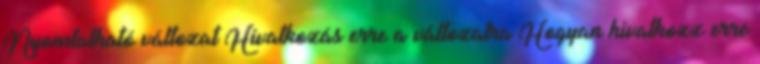
Nyomtatható változat Hivatkozás erre a változatra Hogyan hivatkozz erre